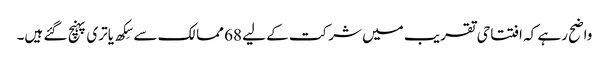
واضح رہے کہ افتتاحی تقریب میں شرکت کے لیے 68 ممالک سے سِکھ یاتری پہنچ گئے ہیں۔